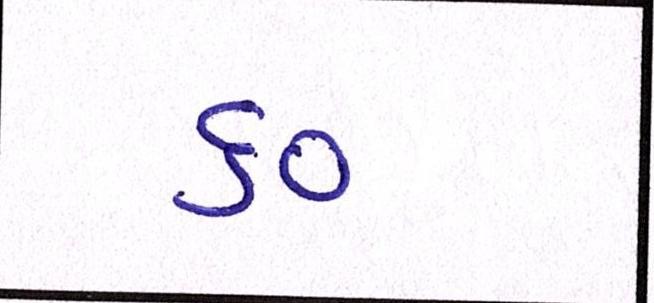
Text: ૬૦